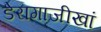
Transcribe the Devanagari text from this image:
डेरागाजीखां